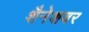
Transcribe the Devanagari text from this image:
शैनेशवर